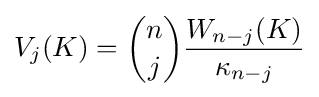
V_{j}(K)={\binom {n}{j}}{\frac {W_{n-j}(K)}{\kappa _{n-j}}}